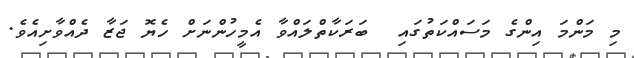
މި މަންމަ އިންގެ މަސައްކަތުގައި  ބަރަކާތްލައްވާ އެމީހުންނަށް ހެޔޮ ޖަޒާ ދެއްވާށިއެވެ.